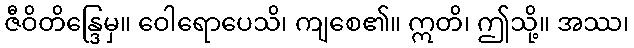
ဇီဝိတိန္ဒြေမှ။ ဝေါရောပေသိ၊ ကျစေ၏။ ဣတိ၊ ဤသို့။ အဿ၊